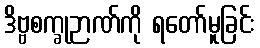
ဒိဗ္ဗစက္ခုဉာဏ်ကို ရတော်မူခြင်း